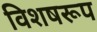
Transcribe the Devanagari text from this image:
विशषरूप